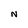
Character: N